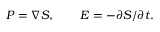
{ \cal P } = \nabla { \cal S } , \qquad { \cal E } = - \partial { \cal S } / \partial t .